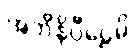
အဘိနိပ္ပီဠေမိ